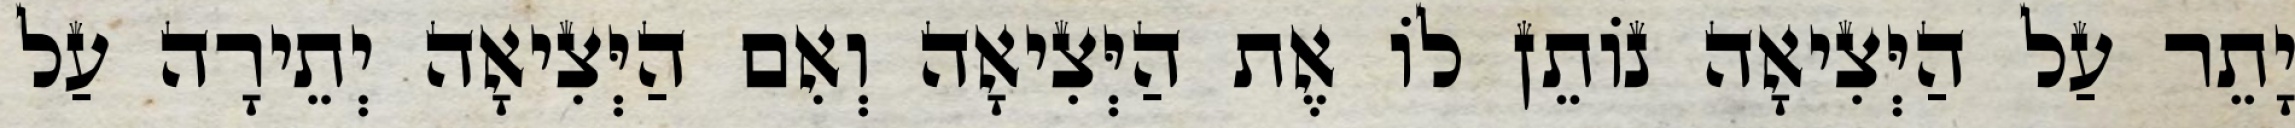
יָתֵר עַל הַיְּצִיאָה נוֹתֵן לוֹ אֶת הַיְּצִיאָה וְאִם הַיְּצִיאָה יְתֵירָה עַל